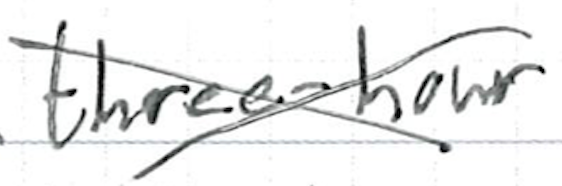
Text: three-hour
Cross-out: cross
Writing tool: ballpoint